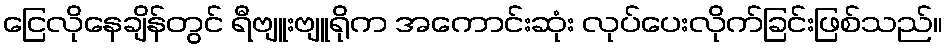
ငြေလိုနေချိန်တွင် ရီဗျူးဗျူရိုက အကောင်းဆုံး လုပ်ပေးလိုက်ခြင်းဖြစ်သည်။